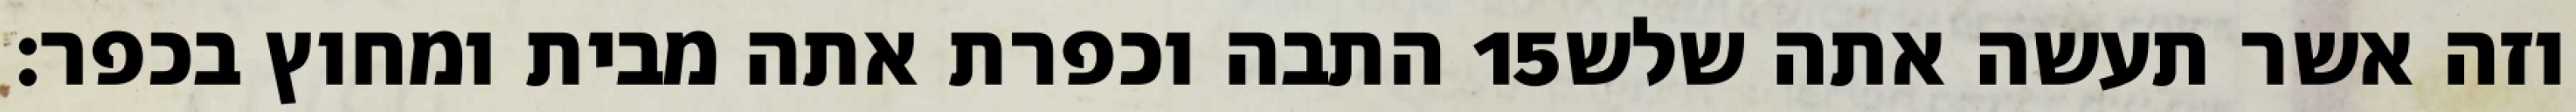
התבה וכפרת אתה מבית ומחוץ בכפר׃ ‎15‏ וזה אשר תעשה אתה שלש